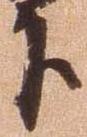
下